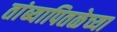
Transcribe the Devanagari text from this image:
तांब्यापितळेच्या